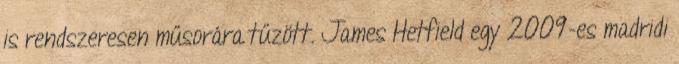
is rendszeresen műsorára tűzött. James Hetfield egy 2009-es madridi